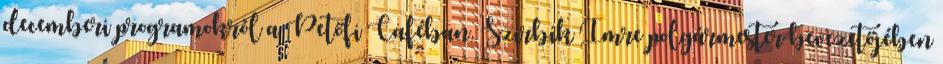
decemberi programokról a Petőfi Caféban. Szirbik Imre polgármester bevezetőjében